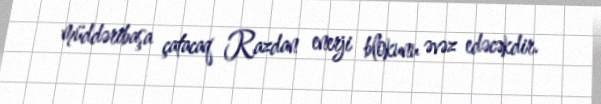
müddəribaşa çatacaq Razdan enerji blokunu əvəz edəcəkdir.